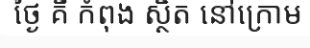
ថ្ងៃ គឺ កំពុង ស្ថិត នៅក្រោម